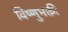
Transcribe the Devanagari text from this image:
विष्णुभक्ती